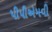
પીપીએમવી